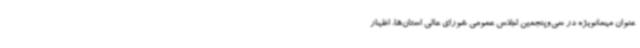
عنوان مهمانویژه در سی‌وپنجمین اجلاس عمومی شورای عالی استان‌ها، اظهار